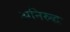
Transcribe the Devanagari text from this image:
अनिरुद्धः